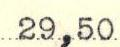
29,50